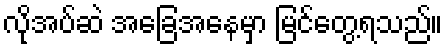
လိုအပ်ဆဲ အခြေအနေမှာ မြင်တွေ့ရသည်။